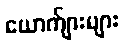
ယောက်ျားများ